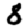
Digit: 8